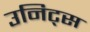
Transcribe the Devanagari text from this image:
उनिट्स